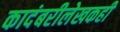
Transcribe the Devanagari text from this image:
कादंबरीलेखकही